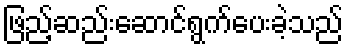
ဖြည့်ဆည်းဆောင်ရွက်ပေးခဲ့သည်